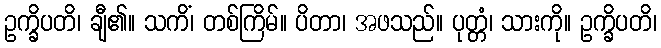
ဥက္ခိပတိ၊ ချီ၏။ သကိံ၊ တစ်ကြိမ်။ ပိတာ၊ အဖသည်။ ပုတ္တံ၊ သားကို။ ဥက္ခိပတိ၊